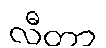
လီတာ